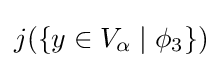
j(\{y\in V_{\alpha }\mid \phi _{3}\})